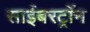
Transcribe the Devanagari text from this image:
साईबरट्राॅन